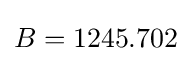
B=1245.702